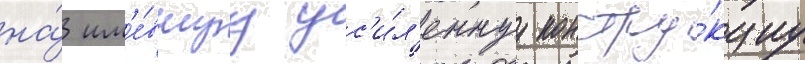
на́ им'е́вшуу ус'и́л'еннуу констру́кциу